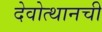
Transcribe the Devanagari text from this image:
देवोत्थानची